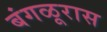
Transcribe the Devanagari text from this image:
बंगळूरास